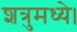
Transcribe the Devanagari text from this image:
शत्रुमध्ये।